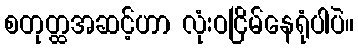
စတုတ္ထအဆင့်ဟာ လုံးဝငြိမ်နေရုံပါပဲ။